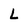
Character: L